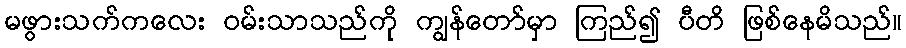
မဖွားသက်ကလေး ဝမ်းသာသည်ကို ကျွန်တော်မှာ ကြည်၍ ပီတိ ဖြစ်နေမိသည်။